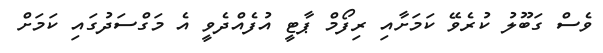
ވެސް ގަބޫލު ކުރެވޭ ކަމަށާއި ރިފޯމް ޕާޓީ އުފެއްދެވީ އެ މަގްސަދުގައި ކަމަށް